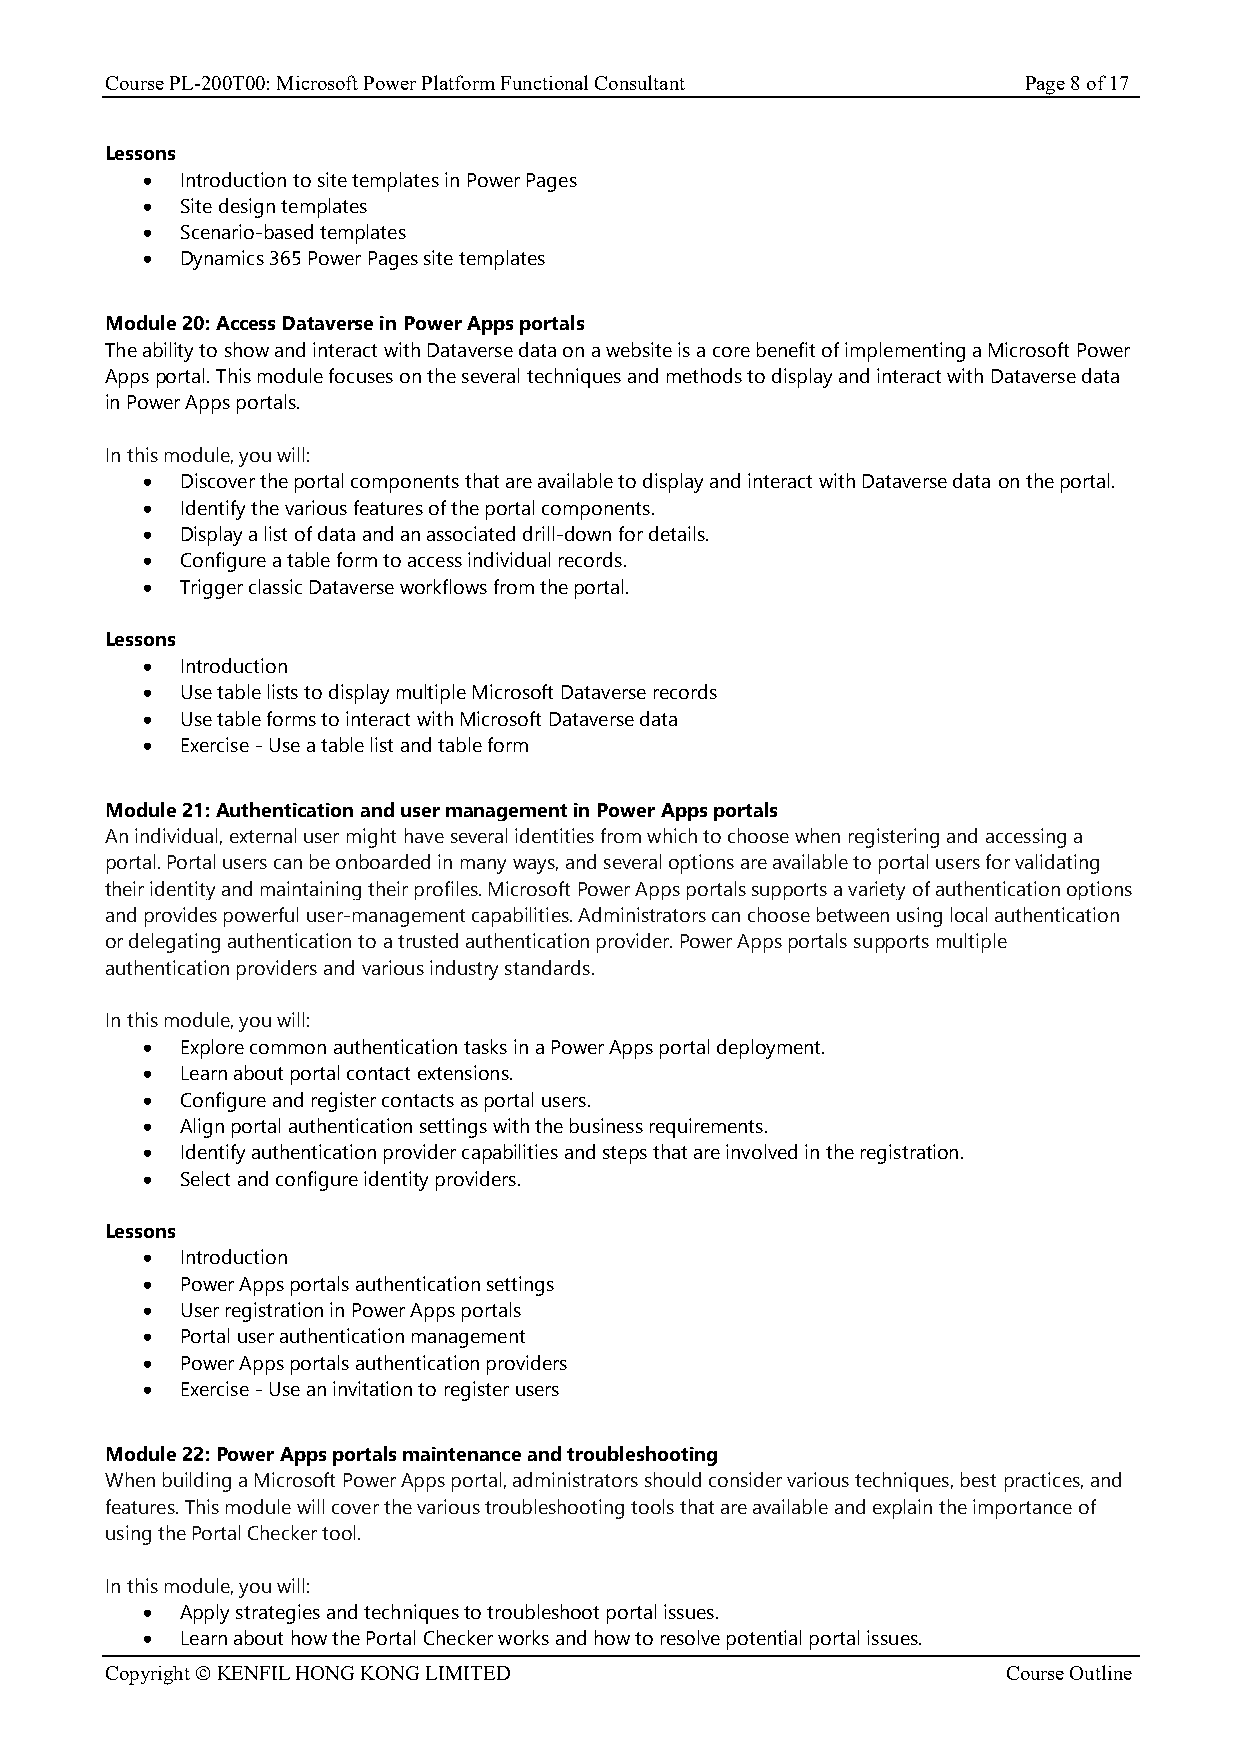
Course PL-200T00: Microsoft Power Platform Functional Consultant Page 8 of 17
 Lessons
 •  Introduction to site templates in Power Pages
 •  Site design templates
 •  Scenario-based templates
 •  Dynamics 365 Power Pages site templates
 Module 20: Access Dataverse in Power Apps portals
 The ability to show and interact with Dataverse data on a website is a core benefit of implementing a Microsoft Power
 Apps portal. This module focuses on the several techniques and methods to display and interact with Dataverse data
 in Power Apps portals.
 In this module, you will:
 •  Discover the portal components that are available to display and interact with Dataverse data on the portal.
 •  Identify the various features of the portal components.
 •  Display a list of data and an associated drill-down for details.
 •  Configure a table form to access individual records.
 •  Trigger classic Dataverse workflows from the portal.
 Lessons
 •  Introduction
 •  Use table lists to display multiple Microsoft Dataverse records
 •  Use table forms to interact with Microsoft Dataverse data
 •  Exercise - Use a table list and table form
 Module 21: Authentication and user management in Power Apps portals
 An individual, external user might have several identities from which to choose when registering and accessing a
 portal. Portal users can be onboarded in many ways, and several options are available to portal users for validating
 their identity and maintaining their profiles. Microsoft Power Apps portals supports a variety of authentication options
 and provides powerful user-management capabilities. Administrators can choose between using local authentication
 or delegating authentication to a trusted authentication provider. Power Apps portals supports multiple
 authentication providers and various industry standards.
 In this module, you will:
 •  Explore common authentication tasks in a Power Apps portal deployment.
 •  Learn about portal contact extensions.
 •  Configure and register contacts as portal users.
 •  Align portal authentication settings with the business requirements.
 •  Identify authentication provider capabilities and steps that are involved in the registration.
 •  Select and configure identity providers.
 Lessons
 •  Introduction
 •  Power Apps portals authentication settings
 •  User registration in Power Apps portals
 •  Portal user authentication management
 •  Power Apps portals authentication providers
 •  Exercise - Use an invitation to register users
 Module 22: Power Apps portals maintenance and troubleshooting
 When building a Microsoft Power Apps portal, administrators should consider various techniques, best practices, and
 features. This module will cover the various troubleshooting tools that are available and explain the importance of
 using the Portal Checker tool.
 In this module, you will:
 •  Apply strategies and techniques to troubleshoot portal issues.
 •  Learn about how the Portal Checker works and how to resolve potential portal issues.
 Copyright © KENFIL HONG KONG LIMITED                        Course Outline